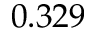
0 . 3 2 9